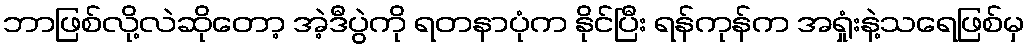
ဘာဖြစ်လို့လဲဆိုတော့ အဲ့ဒီပွဲကို ရတနာပုံက နိုင်ပြီး ရန်ကုန်က အရှုံးနဲ့သရေဖြစ်မှ